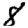
Digit: 8